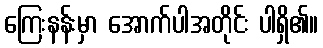
ကြေးနန်းမှာ အောက်ပါအတိုင်း ပါရှိ၏။